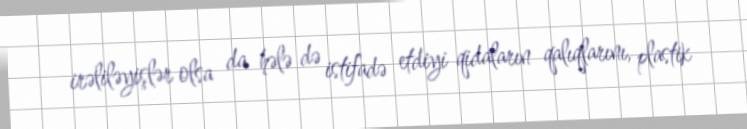
irəliləyişlər olsa da hələ də istifadə etdiyi qidaların qalıqlarını, plastik